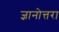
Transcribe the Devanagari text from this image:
ज्ञानोत्तरा